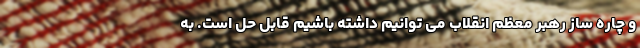
و چاره ساز رهبر معظم انقلاب می توانیم داشته باشیم قابل حل است. به